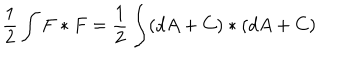
LaTeX: { \frac { 1 } { 2 } } \int F * F = { \frac { 1 } { 2 } } \int ( d A + C ) * ( d A + C )